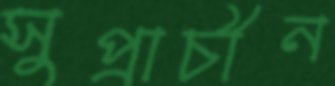
সুপ্রাচীন